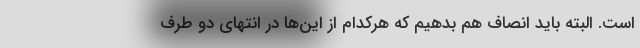
است. البته باید انصاف هم بدهیم که هرکدام از این‌ها در انتهای دو طرف